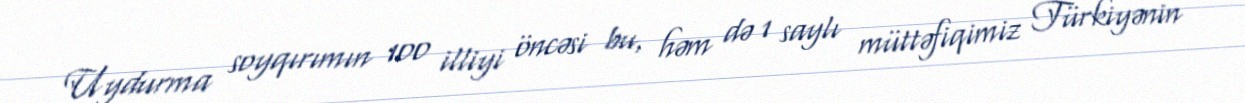
Uydurma soyqırımın 100 illiyi öncəsi bu, həm də 1 saylı müttəfiqimiz Türkiyənin